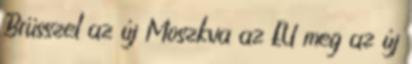
Brüsszel az új Moszkva az EU meg az új